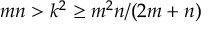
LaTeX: m n > k ^ { 2 } \geq m ^ { 2 } n / ( 2 m + n )